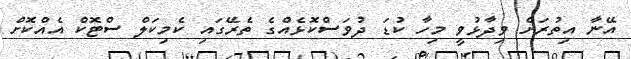
އޭނާ އިތުރަށް ވިދާޅުވީ މިހާ ކުޑަ ދުވަސްކޮޅެއްގެ ތެރޭގައި ކެމިކަލް ސްޓޮކް އެއްކޮށް